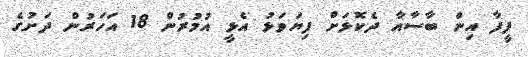
ފީފާ އިން ބާސާއާ ދެކޮޅަށް ފިޔަވަޅު އެޅީ އުމުރުން 18 އަހަރުން ދަށުގެ